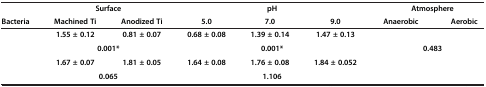
<table><thead><tr><td>[EMPTY_CELL]</td><td colspan="2"><b>Surface</b></td><td colspan="3"><b>pH</b></td><td colspan="2"><b>Atmosphere</b></td></tr><tr><td><b>Bacteria</b></td><td><b>Machined Ti</b></td><td><b>Anodized Ti</b></td><td><b>5.0</b></td><td><b>7.0</b></td><td><b>9.0</b></td><td><b>Anaerobic</b></td><td><b>Aerobic</b></td></tr></thead><tbody><tr><td>[EMPTY_CELL]</td><td><b>1.55 ± 0.12</b></td><td><b>0.81 ± 0.07</b></td><td><b>0.68 ± 0.08</b></td><td><b>1.39 ± 0.14</b></td><td><b>1.47 ± 0.13</b></td><td>[EMPTY_CELL]</td><td>[EMPTY_CELL]</td></tr><tr><td>[EMPTY_CELL]</td><td colspan="2"><b>0.001*</b></td><td colspan="3"><b>0.001*</b></td><td colspan="2"><b>0.483</b></td></tr><tr><td>[EMPTY_CELL]</td><td><b>1.67 ± 0.07</b></td><td><b>1.81 ± 0.05</b></td><td><b>1.64 ± 0.08</b></td><td><b>1.76 ± 0.08</b></td><td><b>1.84 ± 0.052</b></td><td>[EMPTY_CELL]</td><td>[EMPTY_CELL]</td></tr><tr><td>[EMPTY_CELL]</td><td colspan="2"><b>0.065</b></td><td colspan="3"><b>1.106</b></td><td colspan="2">[EMPTY_CELL]</td></tr></tbody></table>